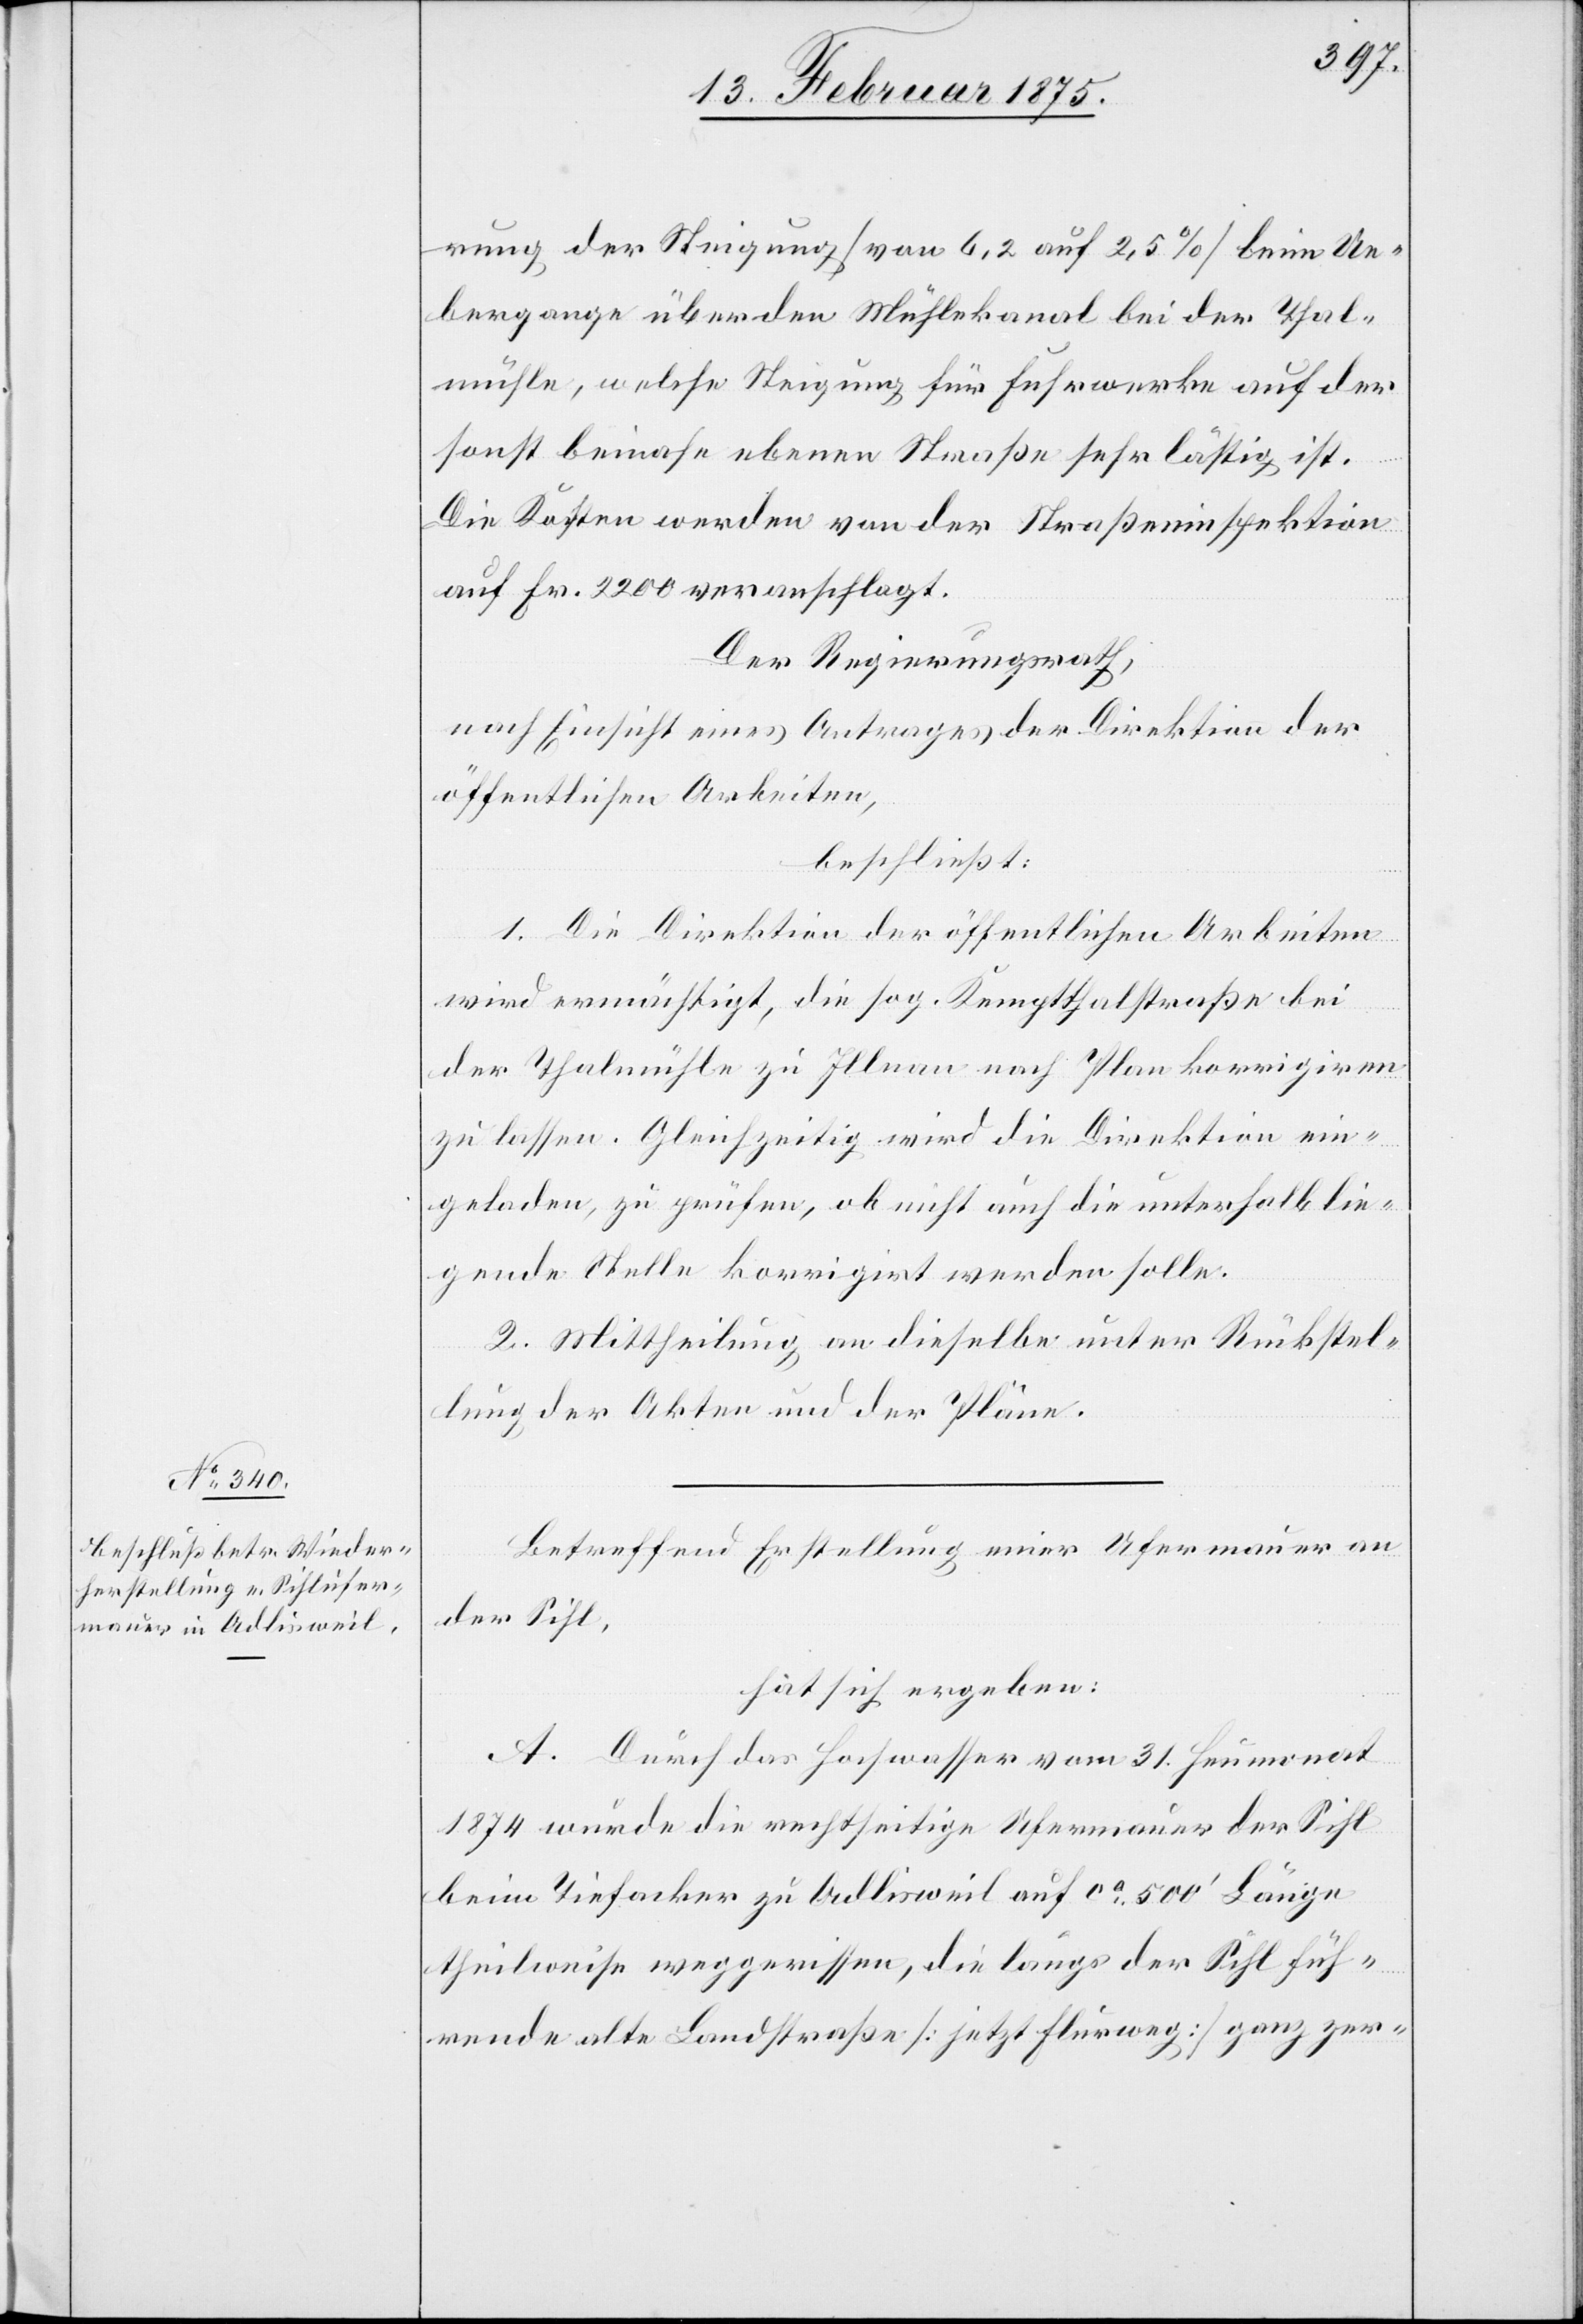
rung der Steigerung (von 6,2 auf 2,5%) beim Ue¬
bergange über den Mühlekanal bei der Thal¬
mühle, welche Steigung für Fuhrwerke auf der
sonst beinahe ebenen Straße sehr lästig ist.
Die Kosten werden von der Straßeninspektion
auf Fr. 2200 veranschlagt.
Der Regierungsrath,
nach Einsicht eines Antrages der Direktion der
öffentlichen Arbeiten,
beschließt:
1. Die Direktion der öffentlichen Arbeiten
wird ermächtigt, die sog. Kemptthalstraße bei
der Thalmühle zu Illnau nach Plan korrigiren
zu lassen. Gleichzeitig wird die Direktion ein¬
geladen, zu prüfen, ob nicht auch die unterhalb lie¬
gende Stelle korrigirt werden solle.
2. Mittheilung an dieselbe unter Rückstel¬
lung der Akten und der Pläne.
Betreffend Erstellung einer Ufermauer an
der Sihl,
hat sich ergeben:
A. Durch das Hochwasser vom 31. Heumonat
1874 wurde die rechtseitige Ufermauer der Sihl
beim Tiefacker zu Adlisweil auf ca 500‘ Länge
theilweise weggerissen, die längs der Sihl füh¬
rende alte Landstraße (jetzt Flurweg) ganz zer-